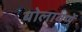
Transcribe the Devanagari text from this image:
बोलावणें